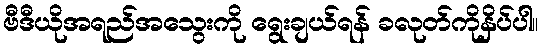
ဗီဒီယိုအရည်အသွေးကို ရွေးချယ်ရန် ခလုတ်ကိုနှိပ်ပါ။